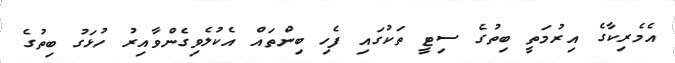
އެމެރިކާގެ އިރުމަތީ ބިތުގެ ސިޓީ ތަކުގައި ފެހި ބިންތައް އެކުލެވިގެންވާއިރު ހުޅަގު ބިތުގެ